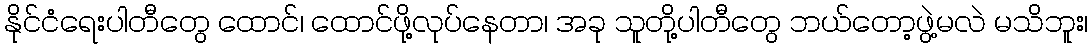
နိုင်ငံရေးပါတီတွေ ထောင်၊ ထောင်ဖို့လုပ်နေတာ၊ အခု သူတို့ပါတီတွေ ဘယ်တော့ဖွဲ့မလဲ မသိဘူး၊